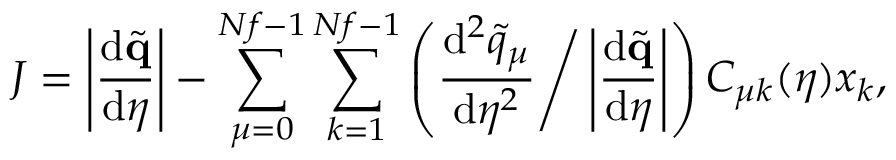
J = \left| \frac { \mathrm { d } \tilde { \mathbf { q } } } { \mathrm { d } \eta } \right| - \sum _ { \mu = 0 } ^ { N f - 1 } \sum _ { k = 1 } ^ { N f - 1 } \left( \frac { \mathrm { d } ^ { 2 } \tilde { q } _ { \mu } } { \mathrm { d } \eta ^ { 2 } } \Bigg / \left| \frac { \mathrm { d } \tilde { \mathbf { q } } } { \mathrm { d } \eta } \right| \right) C _ { \mu k } ( \eta ) x _ { k } ,